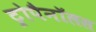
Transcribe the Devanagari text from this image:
ट्रोपैनॉलस